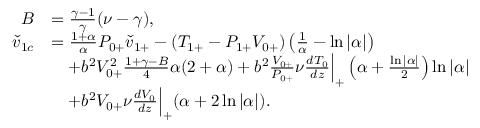
\begin{array} { r l } { B } & { = \frac { \gamma - 1 } { \gamma } ( \nu - \gamma ) , } \\ { \check { v } _ { 1 c } } & { = \frac { 1 + \alpha } { \alpha } { P } _ { 0 + } \check { v } _ { 1 + } - ( { T } _ { 1 + } - { P } _ { 1 + } { V } _ { 0 + } ) \left( \frac { 1 } { \alpha } - \ln { | \alpha | } \right) } \\ & { \quad + b ^ { 2 } { V } _ { 0 + } ^ { 2 } \frac { 1 + \gamma - B } { 4 } \alpha ( 2 + \alpha ) + b ^ { 2 } \frac { V _ { 0 + } } { P _ { 0 + } } \nu \frac { d T _ { 0 } } { d z } \Big | _ { + } \left( \alpha + \frac { \ln { | \alpha | } } { 2 } \right) \ln { | \alpha | } } \\ & { \quad + b ^ { 2 } V _ { 0 + } \nu \frac { d V _ { 0 } } { d z } \Big | _ { + } ( \alpha + 2 \ln { | \alpha | } ) . } \end{array}